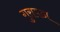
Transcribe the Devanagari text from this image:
गुरावडा